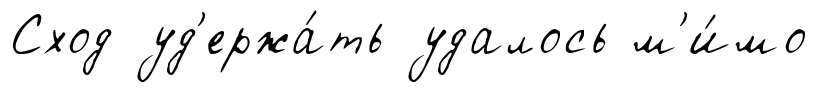
Сход уд'ержа́ть удалось м'и́мо